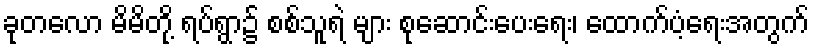
ခုတလော မိမိတို့ ရပ်ရွာ၌ စစ်သူရဲ များ စုဆောင်းပေးရေး၊ ထောက်ပံ့ရေးအတွက်